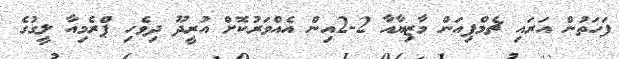
ފަހަތުން އަރައި ޗެމްޕިއަން މާޒިޔާއާ 2-2އިން އެއްވަރުކޮށް އުރީދޫ ދިވެހި ޕްރެމިއާ ލީގުގެ